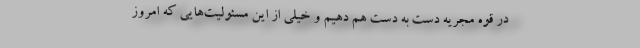
در قوه مجریه دست به دست هم دهیم و خیلی از این مسئولیت‌هایی که امروز